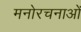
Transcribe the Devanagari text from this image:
मनोरचनाओं